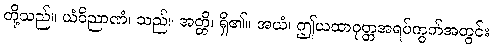
တို့သည်။ ယံဝိညာဏံ၊ သည်။ အတ္တိ၊ ရှိ၏။ အယံ၊ ဤယထာဝုတ္တအရပ်ကွက်အတွင်း